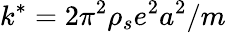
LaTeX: k^{*}=2\pi^{2}\rho_{s}e^{2}a^{2}/m